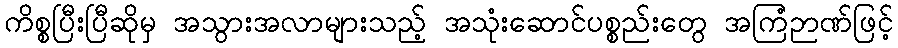
ကိစ္စပြီးပြီဆိုမှ အသွားအလာများသည့် အသုံးဆောင်ပစ္စည်းတွေ အကြံဉာဏ်ဖြင့်